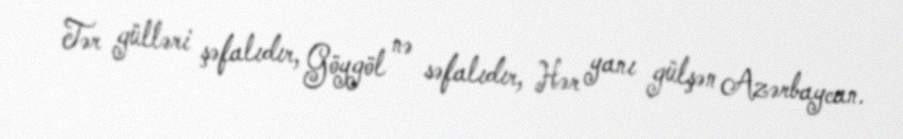
Tər gülləri şəfalıdır, Göygöl nə səfalıdır, Hər yanı gülşən Azərbaycan.